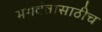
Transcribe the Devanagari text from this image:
भगवंतासाठीच